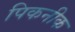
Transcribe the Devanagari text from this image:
पिकनीक